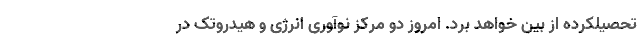
تحصیلکرده از بین خواهد برد. امروز دو مرکز نوآوری انرژی و هیدروتک در